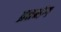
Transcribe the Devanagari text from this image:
व्रतभंग